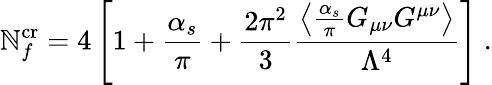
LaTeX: \mathbb{N}_{f}^{\mathrm{{cr}}}=4\left[1+\frac{{\alpha_{s}}}{{\pi}}+\frac{{2\pi^{2}}}{{3}}\frac{{\left\langle\frac{{\alpha_{s}}}{{\pi}}G_{\mu\nu}G^{\mu\nu}\right\rangle}}{{\Lambda^{4}}}\right]\ .